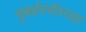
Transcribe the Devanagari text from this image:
मुंबईपर्यंतच्या